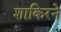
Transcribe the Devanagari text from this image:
शाकिरने